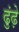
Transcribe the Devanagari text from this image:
ढुंढ़े